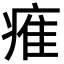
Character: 痽